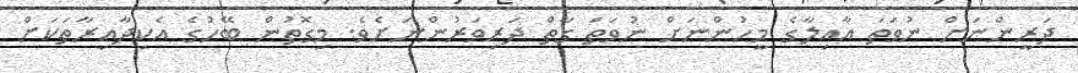
ދަރީންނަށް ނުވަތަ އާއިލާގެ މީހުންނަށް ނުވަތަ ގާތް ދަރިވަރުންނަށެވެ. މިގޮތުން ބޭހުގެ އެކިދާއިރާތަކަށް